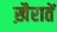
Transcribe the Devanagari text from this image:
ख़ैरातें